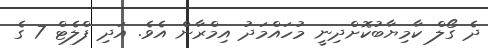
ދެ ގޯލް ކާމިޔާބުކޮށްދިނީ މުހައްމަދު އިމްރާން އެވެ. އަދި ފްލެޓް 7 ގެ